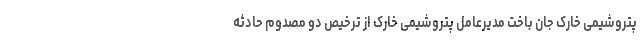
پتروشیمی خارک جان باخت مدیرعامل پتروشیمی خارک از ترخیص دو مصدوم حادثه